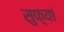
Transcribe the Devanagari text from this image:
सुफ़्यां